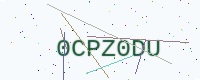
Text: 0CPZ0DU